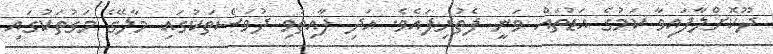
ދޫކޮށްލާފައިވާ ކަމުގެ އަޑުތައް ވަނީ ފެތުރިފައެވެ. އަދި ފާއިތުވި ދުވަސްތަކުގައި މާލޭގެ މަގުތަކުގައި